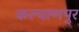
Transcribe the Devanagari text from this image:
कल्‍याणपुर